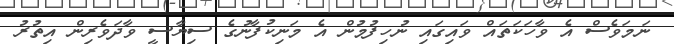
ނަމަވެސް އެ ވާހަކަތައް ވައިގައި ނުހިފުމުން އެ މަނިކުފާނުގެ ސިޔާސީ ވާދަވެރިން އިތުރު